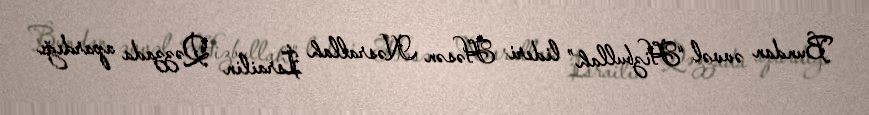
Bundan əvvəl “Hizbullah” lideri Həsən Nəsrallah İsrailin Qəzzada apardığı